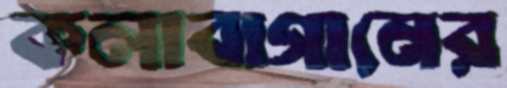
কলাবাগানের